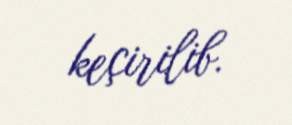
keçirilib.